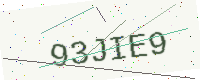
Text: 93JIE9